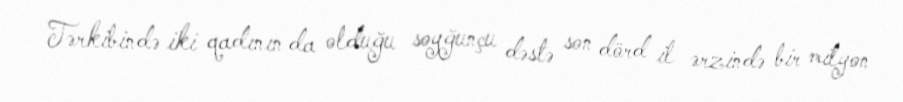
Tərkibində iki qadının da olduğu soyğunçu dəstə son dörd il ərzində bir milyon